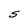
Character: S